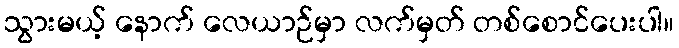
သွားမယ့် နောက် လေယာဉ်မှာ လက်မှတ် တစ်စောင်ပေးပါ။